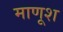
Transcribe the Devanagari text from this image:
माणूश